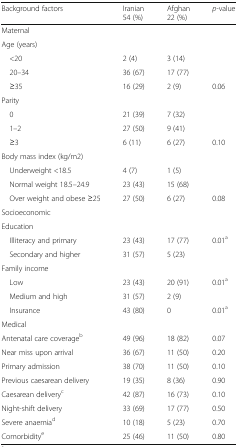
<table><thead><tr><td><b>Background factors</b></td><td><b>Iranian54 (%)</b></td><td><b>Afghan22 (%)</b></td><td><b><i>p-</i>value</b></td></tr></thead><tbody><tr><td colspan="4">Maternal</td></tr><tr><td colspan="4">Age (years)</td></tr><tr><td> &lt;20</td><td>2 (4)</td><td>3 (14)</td><td></td></tr><tr><td> 20–34</td><td>36 (67)</td><td>17 (77)</td><td></td></tr><tr><td> ≥35</td><td>16 (29)</td><td>2 (9)</td><td>0.06</td></tr><tr><td colspan="4">Parity</td></tr><tr><td> 0</td><td>21 (39)</td><td>7 (32)</td><td></td></tr><tr><td> 1–2</td><td>27 (50)</td><td>9 (41)</td><td></td></tr><tr><td> ≥3</td><td>6 (11)</td><td>6 (27)</td><td>0.10</td></tr><tr><td colspan="4">Body mass index (kg/m2)</td></tr><tr><td> Underweight &lt;18.5</td><td>4 (7)</td><td>1 (5)</td><td></td></tr><tr><td> Normal weight 18.5–24.9</td><td>23 (43)</td><td>15 (68)</td><td></td></tr><tr><td> Over weight and obese ≥25</td><td>27 (50)</td><td>6 (27)</td><td>0.08</td></tr><tr><td colspan="4">Socioeconomic</td></tr><tr><td colspan="4">Education</td></tr><tr><td> Illiteracy and primary</td><td>23 (43)</td><td>17 (77)</td><td>0.01<sup>a</sup></td></tr><tr><td> Secondary and higher</td><td>31 (57)</td><td>5 (23)</td><td></td></tr><tr><td colspan="4">Family income</td></tr><tr><td> Low</td><td>23 (43)</td><td>20 (91)</td><td>0.01<sup>a</sup></td></tr><tr><td> Medium and high</td><td>31 (57)</td><td>2 (9)</td><td></td></tr><tr><td> Insurance</td><td>43 (80)</td><td>0</td><td>0.01<sup>a</sup></td></tr><tr><td colspan="4">Medical</td></tr><tr><td>Antenatal care coverage<sup>b</sup></td><td>49 (96)</td><td>18 (82)</td><td>0.07</td></tr><tr><td>Near miss upon arrival</td><td>36 (67)</td><td>11 (50)</td><td>0.20</td></tr><tr><td>Primary admission</td><td>38 (70)</td><td>11 (50)</td><td>0.10</td></tr><tr><td>Previous caesarean delivery</td><td>19 (35)</td><td>8 (36)</td><td>0.90</td></tr><tr><td>Caesarean delivery<sup>c</sup></td><td>42 (87)</td><td>16 (73)</td><td>0.10</td></tr><tr><td>Night-shift delivery</td><td>33 (69)</td><td>17 (77)</td><td>0.50</td></tr><tr><td>Severe anaemia<sup>d</sup></td><td>10 (18)</td><td>5 (23)</td><td>0.70</td></tr><tr><td>Comorbidity<sup>e</sup></td><td>25 (46)</td><td>11 (50)</td><td>0.80</td></tr></tbody></table>